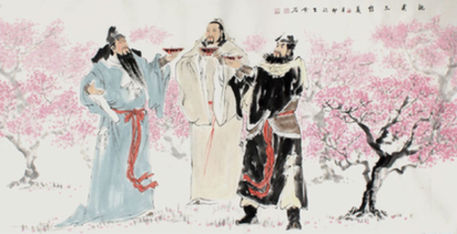
交亲望归骑，几处拥年华。